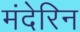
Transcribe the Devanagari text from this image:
मंदेरिन